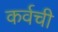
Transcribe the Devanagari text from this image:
कर्वची